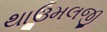
થાઉમલજી